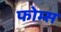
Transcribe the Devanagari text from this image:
फोम्स